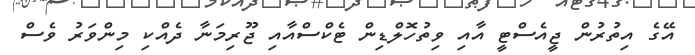
އޭގެ އިތުރުން ޖީއެސްޓީ އާއި ވިތުހޮލްޑިން ޓެކްސްއާއި ޖޫރިމަނާ ދެއްކި މިންވަރު ވެސް